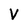
Character: V